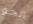
الجو